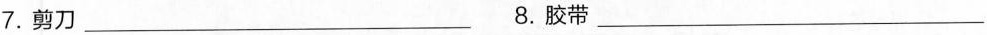
7.剪刀_ 8.胶带_